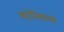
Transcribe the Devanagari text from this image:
सदोतिसाव्या